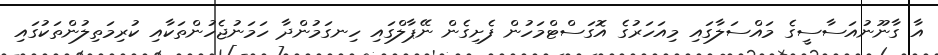
އާ ގާނޫނުއަސާސީގެ މައްސަލާގައި މިއަހަރުގެ އޮގަސްޓްމަހުން ފެށިގެން ނޭޕާލްގައި ހިނގަމުންދާ ހަމަނުޖެހުންތަކާއި ކުރިމަތިލުންތަކުގައި